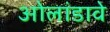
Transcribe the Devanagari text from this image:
ओलांडावे